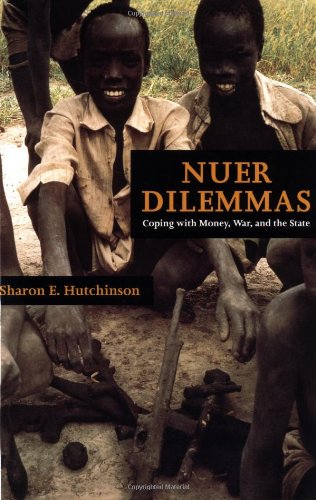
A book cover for Nuer Dilemmas: Coping with Money, War, and the State; Sharon E. Hutchinson; History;